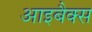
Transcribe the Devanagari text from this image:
आइबैक्स